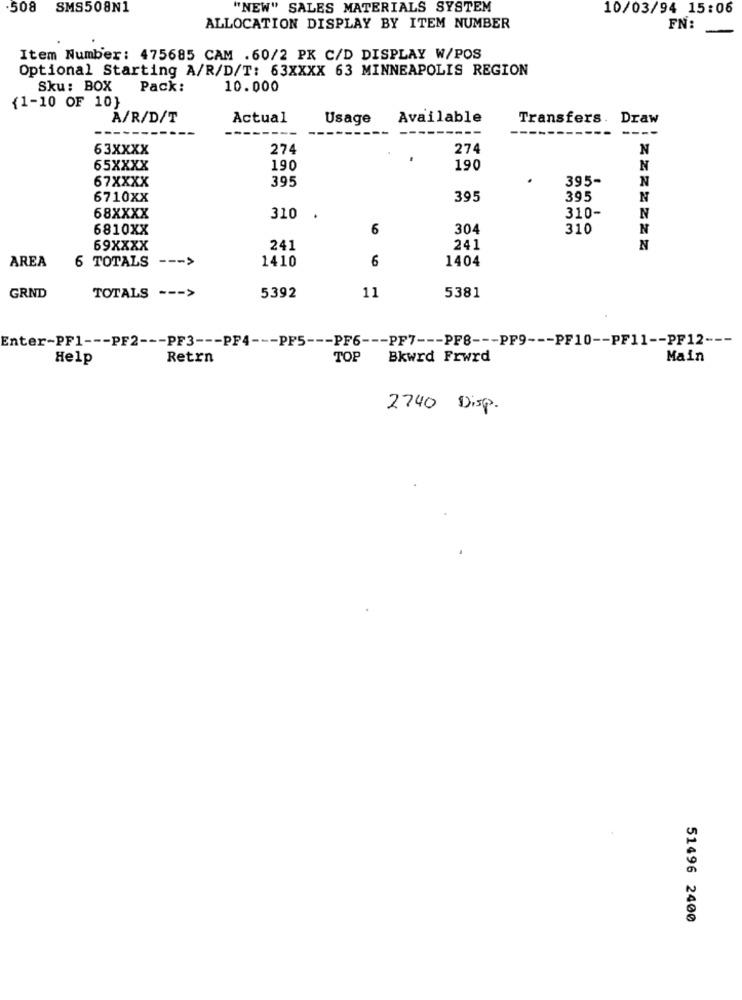
.508
SMS508N1
"NEW" SALES MATERIALS SYSTEM
10/03/94 15:06
ALLOCATION DISPLAY BY ITEM NUMBER
FN:
Item Number: 475685 CAM .60/2 PK C/D DISPLAY W/POS
Optional Starting A/R/D/T: 63XXXX 63 MINNEAPOLIS REGION
Sku: BOX Pack:
10.000
{1-10 OF 10}
A/R/D/T
Actual
Usage
Available
Transfers. Draw
--
---
----
63XXXX
274
274
N
65XXXX
190
190
N
67XXXX
395
395-
N
6710XX
395
395
N
68XXXX
310-
310 .
N
6810XX
6
304
310
N
69XXXX
241
241
N
6 TOTALS --- >
1410
1404
AREA
6
5381
GRND
TOTALS --- >
5392
11
Enter-PF1 --- PF2 --- PF3 --- PF4 --- PF5 --- PF6 --- PF7 --- PF8 --- PF9 --- PF10 -- PF11 -- PF12 ---
Help
Retrn
TOP
Bkwrd Frwrd
Main
2740 Disp.
51496 2400